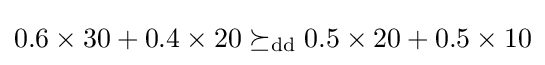
0.6\times 30+0.4\times 20\succeq _{\mathrm {dd} }0.5\times 20+0.5\times 10